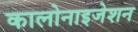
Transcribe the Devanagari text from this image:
कालोनाइजेशन